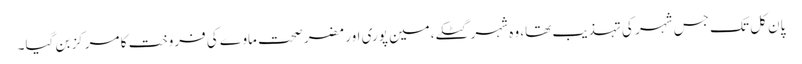
پان کل تک جس شہر کی تہذیب تھا، وہ شہر گٹکے،مین پوری اور مضر صحت ماوے کی فروخت کا مرکز بن گیا۔